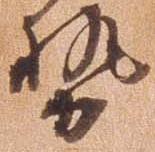
勢